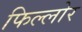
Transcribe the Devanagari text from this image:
फिल्लोर